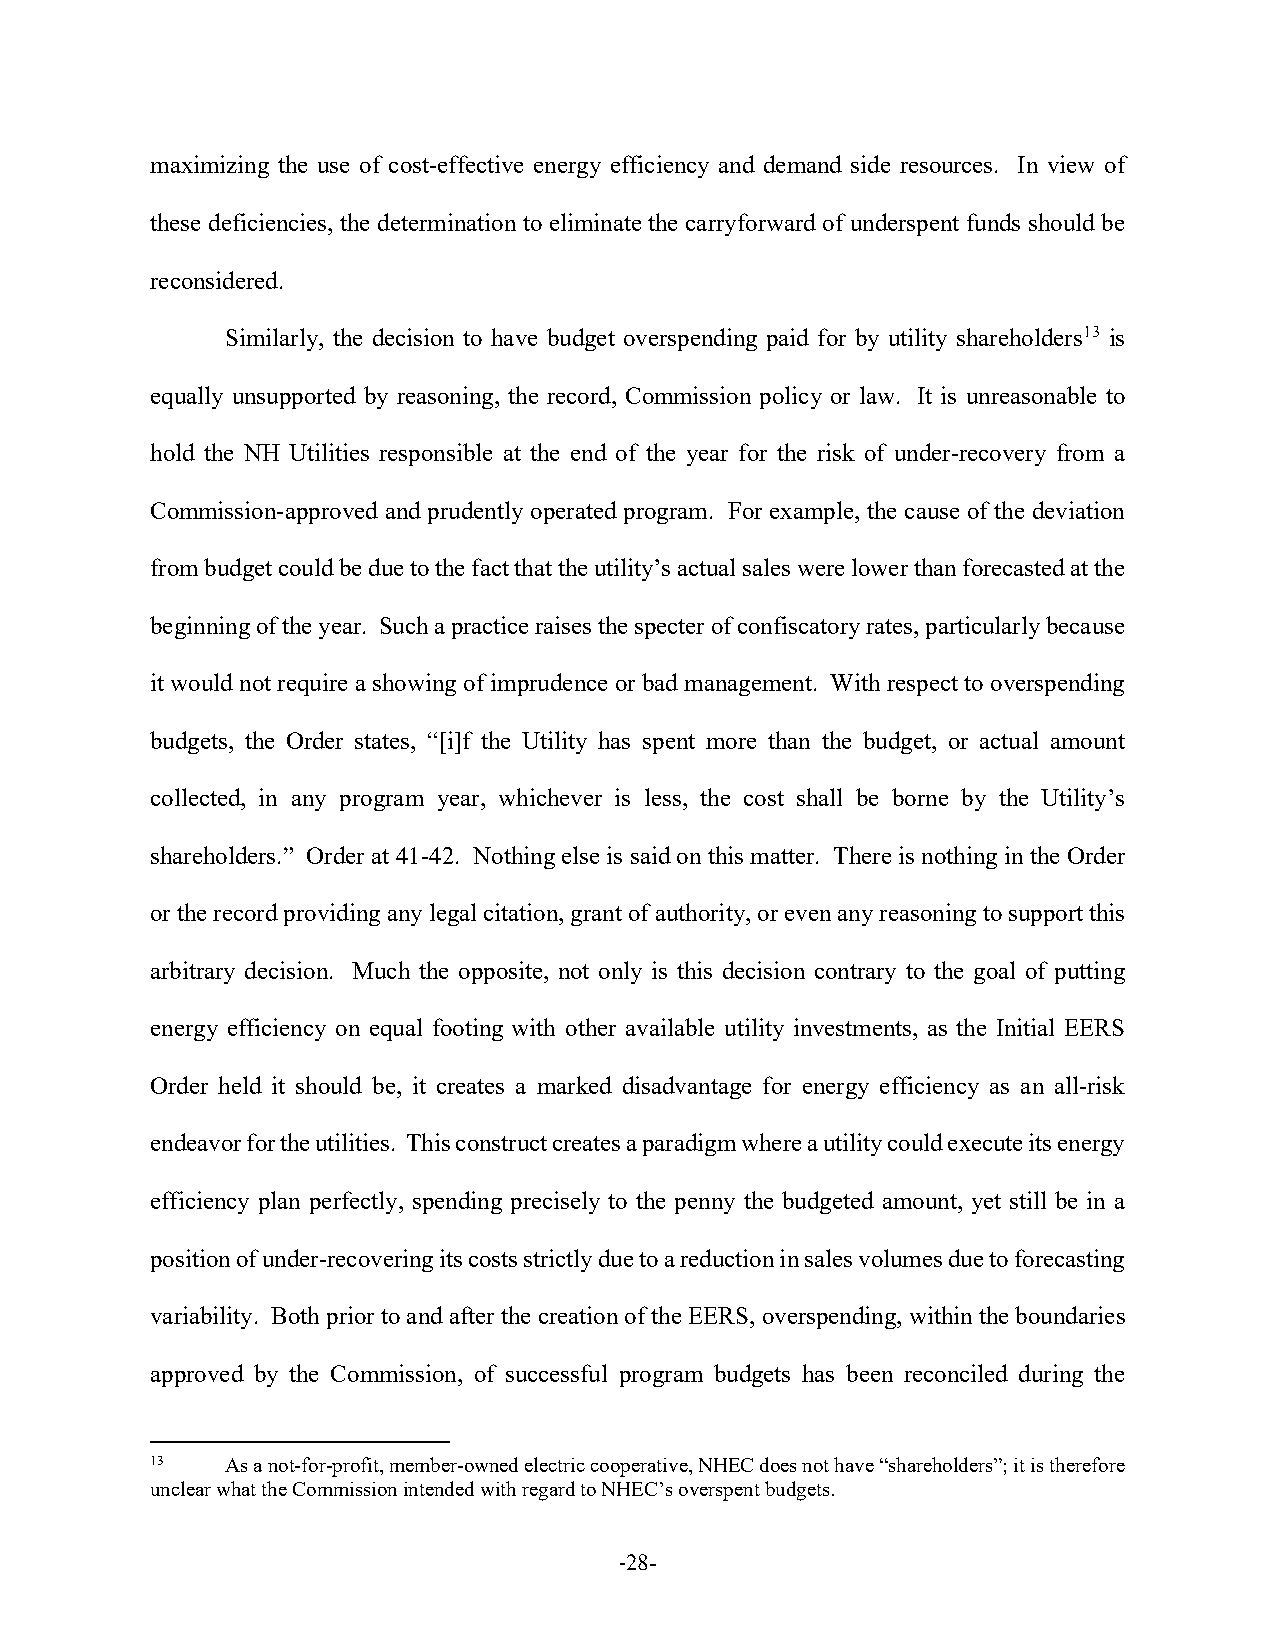
maximizing the use of cost-effective energy efficiency and demand side resources. In view of
 these deficiencies, the determination to eliminate the carryforward of underspent funds should be
 reconsidered.
 Similarly, the decision to have budget overspending paid for by utility shareholders13 is
 equally unsupported by reasoning, the record, Commission policy or law. It is unreasonable to
 hold the NH Utilities responsible at the end of the year for the risk of under-recovery from a
 Commission-approved and prudently operated program. For example, the cause of the deviation
 from budget could be due to the fact that the utility’s actual sales were lower than forecasted at the
 beginning of the year. Such a practice raises the specter of confiscatory rates, particularly because
 it would not require a showing of imprudence or bad management. With respect to overspending
 budgets, the Order states, “[i]f the Utility has spent more than the budget, or actual amount
 collected, in any program year, whichever is less, the cost shall be borne by the Utility’s
 shareholders.” Order at 41-42. Nothing else is said on this matter. There is nothing in the Order
 or the record providing any legal citation, grant of authority, or even any reasoning to support this
 arbitrary decision. Much the opposite, not only is this decision contrary to the goal of putting
 energy efficiency on equal footing with other available utility investments, as the Initial EERS
 Order held it should be, it creates a marked disadvantage for energy efficiency as an all-risk
 endeavor for the utilities. This construct creates a paradigm where a utility could execute its energy
 efficiency plan perfectly, spending precisely to the penny the budgeted amount, yet still be in a
 position of under-recovering its costs strictly due to a reduction in sales volumes due to forecasting
 variability. Both prior to and after the creation of the EERS, overspending, within the boundaries
 approved by the Commission, of successful program budgets has been reconciled during the
 13   As a not-for-profit, member-owned electric cooperative, NHEC does not have “shareholders”; it is therefore
 unclear what the Commission intended with regard to NHEC’s overspent budgets.
 -28-